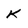
Character: k